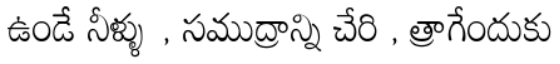
ఉండే నీళ్ళు , సముద్రాన్ని చేరి , త్రాగేందుకు